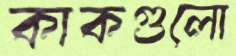
কাকগুলো